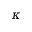
\kappa